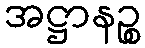
အဋ္ဌာနဉ္စ